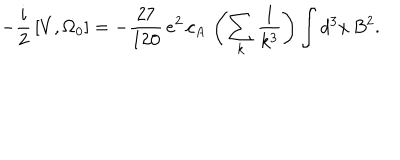
LaTeX: - { \frac { i } { 2 } } \left[ V , \Omega _ { 0 } \right] = - { \frac { 2 7 } { 1 2 0 } } \, e ^ { 2 } \, c _ { A } \, \left( \sum _ { k } { \frac { 1 } { k ^ { 3 } } } \right) \int d ^ { 3 } x \, B ^ { 2 } .